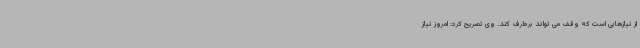
از نیازهایی است که وقف می تواند برطرف کند. وی تصریح کرد: امروز نیاز